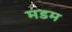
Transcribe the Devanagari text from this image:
मडम